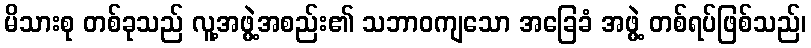
မိသားစု တစ်ခုသည် လူ့အဖွဲ့အစည်း၏ သဘာဝကျသော အခြေခံ အဖွဲ့ တစ်ရပ်ဖြစ်သည်၊